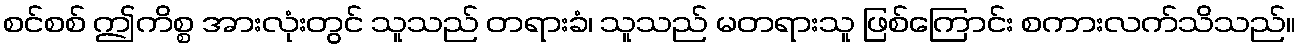
စင်စစ် ဤကိစ္စ အားလုံးတွင် သူသည် တရားခံ၊ သူသည် မတရားသူ ဖြစ်ကြောင်း စကားလက်သိသည်။